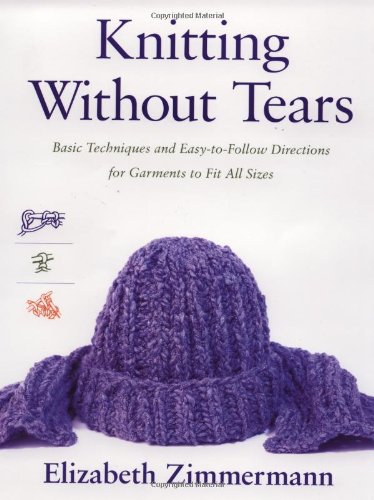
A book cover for Knitting Without Tears: Basic Techniques and Easy-to-Follow Directions for Garments to Fit All Sizes; Elizabeth Zimmermann; Crafts, Hobbies & Home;